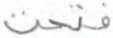
فتحت